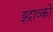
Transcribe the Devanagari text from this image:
झ्द्राव्को